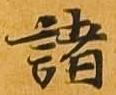
諸